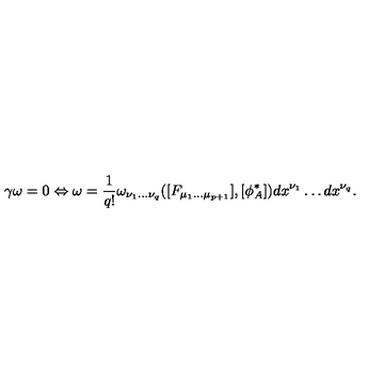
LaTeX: \gamma \omega = 0 \Leftrightarrow \omega = \frac { 1 } { q ! } \omega _ { \nu _ { 1 } . . . \nu _ { q } } ( [ F _ { \mu _ { 1 } . . . \mu _ { p + 1 } } ] , [ \phi _ { A } ^ { * } ] ) d x ^ { \nu _ { 1 } } \dots d x ^ { \nu _ { q } } .